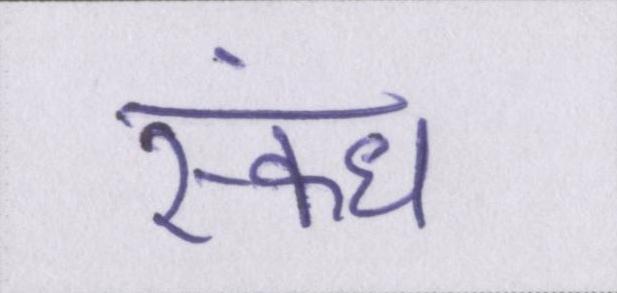
स्कंध